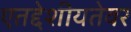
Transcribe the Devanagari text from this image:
एतद्देशीयतेवर